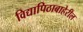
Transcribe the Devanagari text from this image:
विद्यापिठाबाहेरील